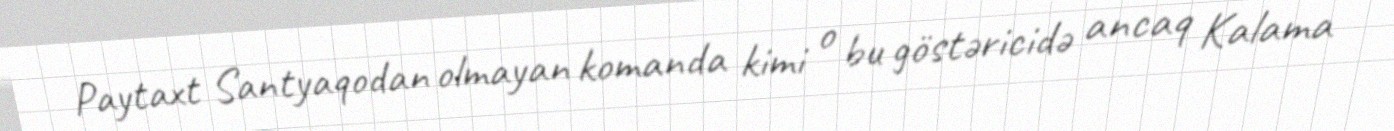
Paytaxt Santyaqodan olmayan komanda kimi o bu göstəricidə ancaq Kalama